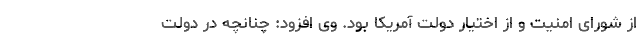
از شورای امنیت و از اختیار دولت آمریکا بود. وی افزود: چنانچه در دولت